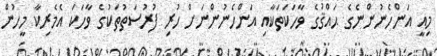
މިއީ އަންހެނުންނެގެ ޙައްޤުގެ ވާހަކަތަކާއި އަންހެނުންނަށް ހުރި ފުރުސަތުތަކުގެ ވާހަކަ އެމެރިކާ މީހުން